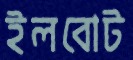
ইলবোট